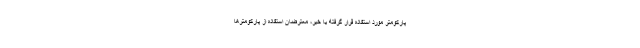
پارکومتر مورد استفاده قرار گرفته یا خیر، معترضان استفاده از پارکومترها